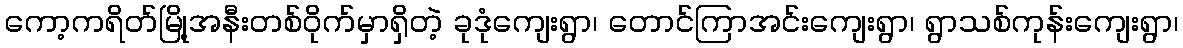
ကော့ကရိတ်မြို့အနီးတစ်ဝိုက်မှာရှိတဲ့ ခုဒုံကျေးရွာ၊ တောင်ကြာအင်းကျေးရွာ၊ ရွာသစ်ကုန်းကျေးရွာ၊